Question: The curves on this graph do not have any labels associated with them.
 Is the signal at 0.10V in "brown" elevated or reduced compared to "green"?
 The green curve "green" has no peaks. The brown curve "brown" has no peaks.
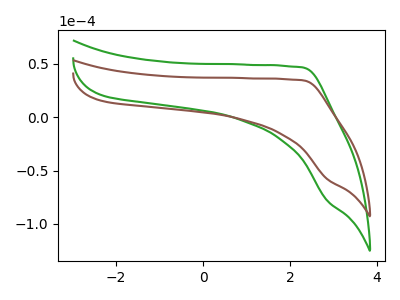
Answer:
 <answer>"brown" and "green" dont share a peak at 0.10V.</answer>
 <eval>mismatch</eval>